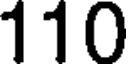
110